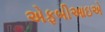
એફબીઆઇએ